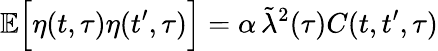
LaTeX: \mathbb{E}\Big[\eta(t,\tau)\eta(t^{\prime},\tau)\Big]=\alpha\, \tilde{\lambda}^{2}(\tau)C(t,t^{\prime},\tau)